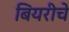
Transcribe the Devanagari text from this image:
बियरीचे